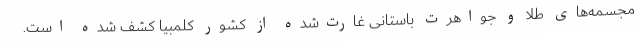
مجسمه‌های طلا و جواهرت باستانی غارت‌شده از کشور کلمبیا کشف شده است.